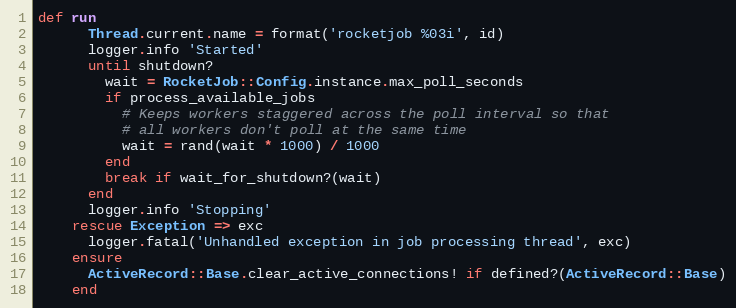
Language: Ruby
def run
      Thread.current.name = format('rocketjob %03i', id)
      logger.info 'Started'
      until shutdown?
        wait = RocketJob::Config.instance.max_poll_seconds
        if process_available_jobs
          # Keeps workers staggered across the poll interval so that
          # all workers don't poll at the same time
          wait = rand(wait * 1000) / 1000
        end
        break if wait_for_shutdown?(wait)
      end
      logger.info 'Stopping'
    rescue Exception => exc
      logger.fatal('Unhandled exception in job processing thread', exc)
    ensure
      ActiveRecord::Base.clear_active_connections! if defined?(ActiveRecord::Base)
    end